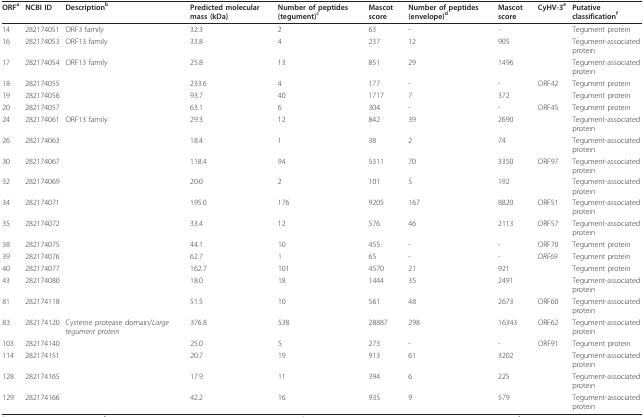
<table><thead><tr><td><b>ORF<sup>a</sup></b></td><td><b>NCBI ID</b></td><td><b>Description<sup>b</sup></b></td><td><b>Predicted molecular mass (kDa)</b></td><td><b>Number of peptides (tegument)<sup>c</sup></b></td><td><b>Mascot score</b></td><td><b>Number of peptides (envelope)<sup>d</sup></b></td><td><b>Mascot score</b></td><td><b>CyHV-3<sup>e</sup></b></td><td><b>Putative classification<sup>f</sup></b></td></tr></thead><tbody><tr><td>14</td><td>282174051</td><td>ORF3 family</td><td>32.3</td><td>2</td><td>63</td><td>-</td><td>-</td><td></td><td>Tegument protein</td></tr><tr><td>16</td><td>282174053</td><td>ORF13 family</td><td>33.8</td><td>4</td><td>237</td><td>12</td><td>905</td><td></td><td>Tegument-associated protein</td></tr><tr><td>17</td><td>282174054</td><td>ORF13 family</td><td>25.8</td><td>13</td><td>851</td><td>29</td><td>1496</td><td></td><td>Tegument-associated protein</td></tr><tr><td>18</td><td>282174055</td><td></td><td>233.6</td><td>4</td><td>177</td><td>-</td><td>-</td><td>ORF42</td><td>Tegument protein</td></tr><tr><td>19</td><td>282174056</td><td></td><td>93.7</td><td>40</td><td>1717</td><td>7</td><td>372</td><td></td><td>Tegument protein</td></tr><tr><td>20</td><td>282174057</td><td></td><td>63.1</td><td>6</td><td>304</td><td>-</td><td>-</td><td>ORF45</td><td>Tegument protein</td></tr><tr><td>24</td><td>282174061</td><td>ORF13 family</td><td>29.3</td><td>12</td><td>842</td><td>39</td><td>2690</td><td></td><td>Tegument-associated protein</td></tr><tr><td>26</td><td>282174063</td><td></td><td>18.4</td><td>1</td><td>38</td><td>2</td><td>74</td><td></td><td>Tegument-associated protein</td></tr><tr><td>30</td><td>282174067</td><td></td><td>118.4</td><td>94</td><td>5311</td><td>70</td><td>3350</td><td>ORF97</td><td>Tegument-associated protein</td></tr><tr><td>32</td><td>282174069</td><td></td><td>20.0</td><td>2</td><td>101</td><td>5</td><td>192</td><td></td><td>Tegument-associated protein</td></tr><tr><td>34</td><td>282174071</td><td></td><td>195.0</td><td>176</td><td>9205</td><td>167</td><td>8820</td><td>ORF51</td><td>Tegument-associated protein</td></tr><tr><td>35</td><td>282174072</td><td></td><td>33.4</td><td>12</td><td>576</td><td>46</td><td>2113</td><td>ORF57</td><td>Tegument-associated protein</td></tr><tr><td>38</td><td>282174075</td><td></td><td>44.1</td><td>10</td><td>455</td><td>-</td><td>-</td><td>ORF70</td><td>Tegument protein</td></tr><tr><td>39</td><td>282174076</td><td></td><td>62.7</td><td>1</td><td>65</td><td>-</td><td>-</td><td><i>ORF69</i></td><td>Tegument protein</td></tr><tr><td>40</td><td>282174077</td><td></td><td>162.7</td><td>101</td><td>4570</td><td>21</td><td>921</td><td></td><td>Tegument protein</td></tr><tr><td>43</td><td>282174080</td><td></td><td>18.0</td><td>18</td><td>1444</td><td>35</td><td>2491</td><td></td><td>Tegument-associated protein</td></tr><tr><td>81</td><td>282174118</td><td></td><td>51.5</td><td>10</td><td>561</td><td>48</td><td>2673</td><td>ORF60</td><td>Tegument-associated protein</td></tr><tr><td>83</td><td>282174120</td><td>Cysteine protease domain/<i>Large tegument protein</i></td><td>376.8</td><td>538</td><td>28887</td><td>298</td><td>16343</td><td>ORF62</td><td>Tegument-associated protein</td></tr><tr><td>103</td><td>282174140</td><td></td><td>25.0</td><td>5</td><td>273</td><td>-</td><td>-</td><td>ORF91</td><td>Tegument protein</td></tr><tr><td>114</td><td>282174151</td><td></td><td>20.7</td><td>19</td><td>913</td><td>61</td><td>3202</td><td></td><td>Tegument-associated protein</td></tr><tr><td>128</td><td>282174165</td><td></td><td>17.9</td><td>11</td><td>394</td><td>6</td><td>225</td><td></td><td>Tegument-associated protein</td></tr><tr><td>129</td><td>282174166</td><td></td><td>42.2</td><td>16</td><td>935</td><td>9</td><td>579</td><td></td><td>Tegument-associated protein</td></tr></tbody></table>